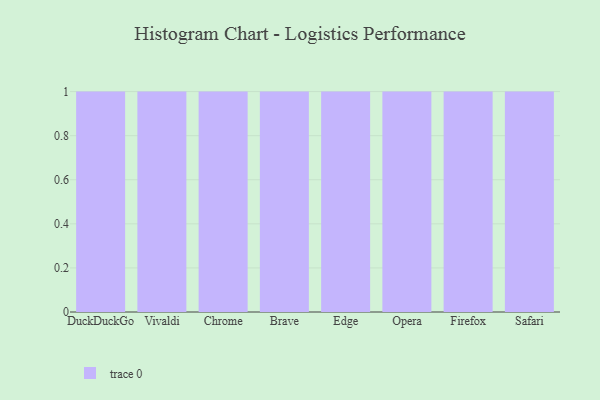
{"axis": {"x": "Browser", "y": "Bounce Rate (%)"}, "legend": [""], "data": [{"x": "DuckDuckGo", "y": 76, "type": ""}, {"x": "Vivaldi", "y": 56, "type": ""}, {"x": "Chrome", "y": 45, "type": ""}, {"x": "Brave", "y": 83, "type": ""}, {"x": "Edge", "y": 25, "type": ""}, {"x": "Opera", "y": 54, "type": ""}, {"x": "Firefox", "y": 8, "type": ""}, {"x": "Safari", "y": 35, "type": ""}]}